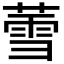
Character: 𬝹